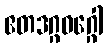
ဧတဒဂ္ဂဝဂ္ဂေါ